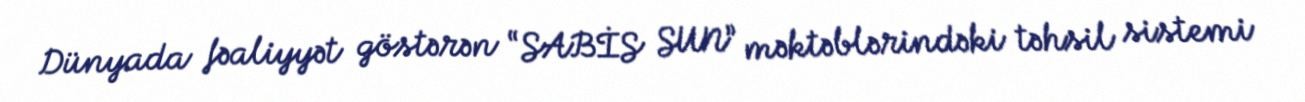
Dünyada fəaliyyət göstərən “SABİS SUN” məktəblərindəki təhsil sistemi